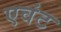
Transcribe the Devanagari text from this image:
एवंट